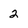
Character: 2